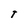
Character: T